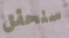
سنحقق